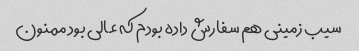
سیب زمینی هم سفارش داده بودم که عالی بود ممنون